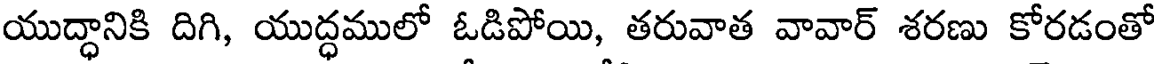
యుద్ధానికి దిగి, యుద్ధములో ఓడిపోయి, తరువాత వావార్ శరణు కోరడంతో